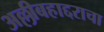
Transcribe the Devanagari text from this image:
अल्लीबहाद्दराचा